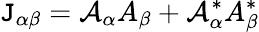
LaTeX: \mathtt{J}_{\alpha\beta}={\cal{A}}_{\alpha}A_{\beta}+{\cal{A}}_{\alpha}^{*}A_{\beta}^{*}